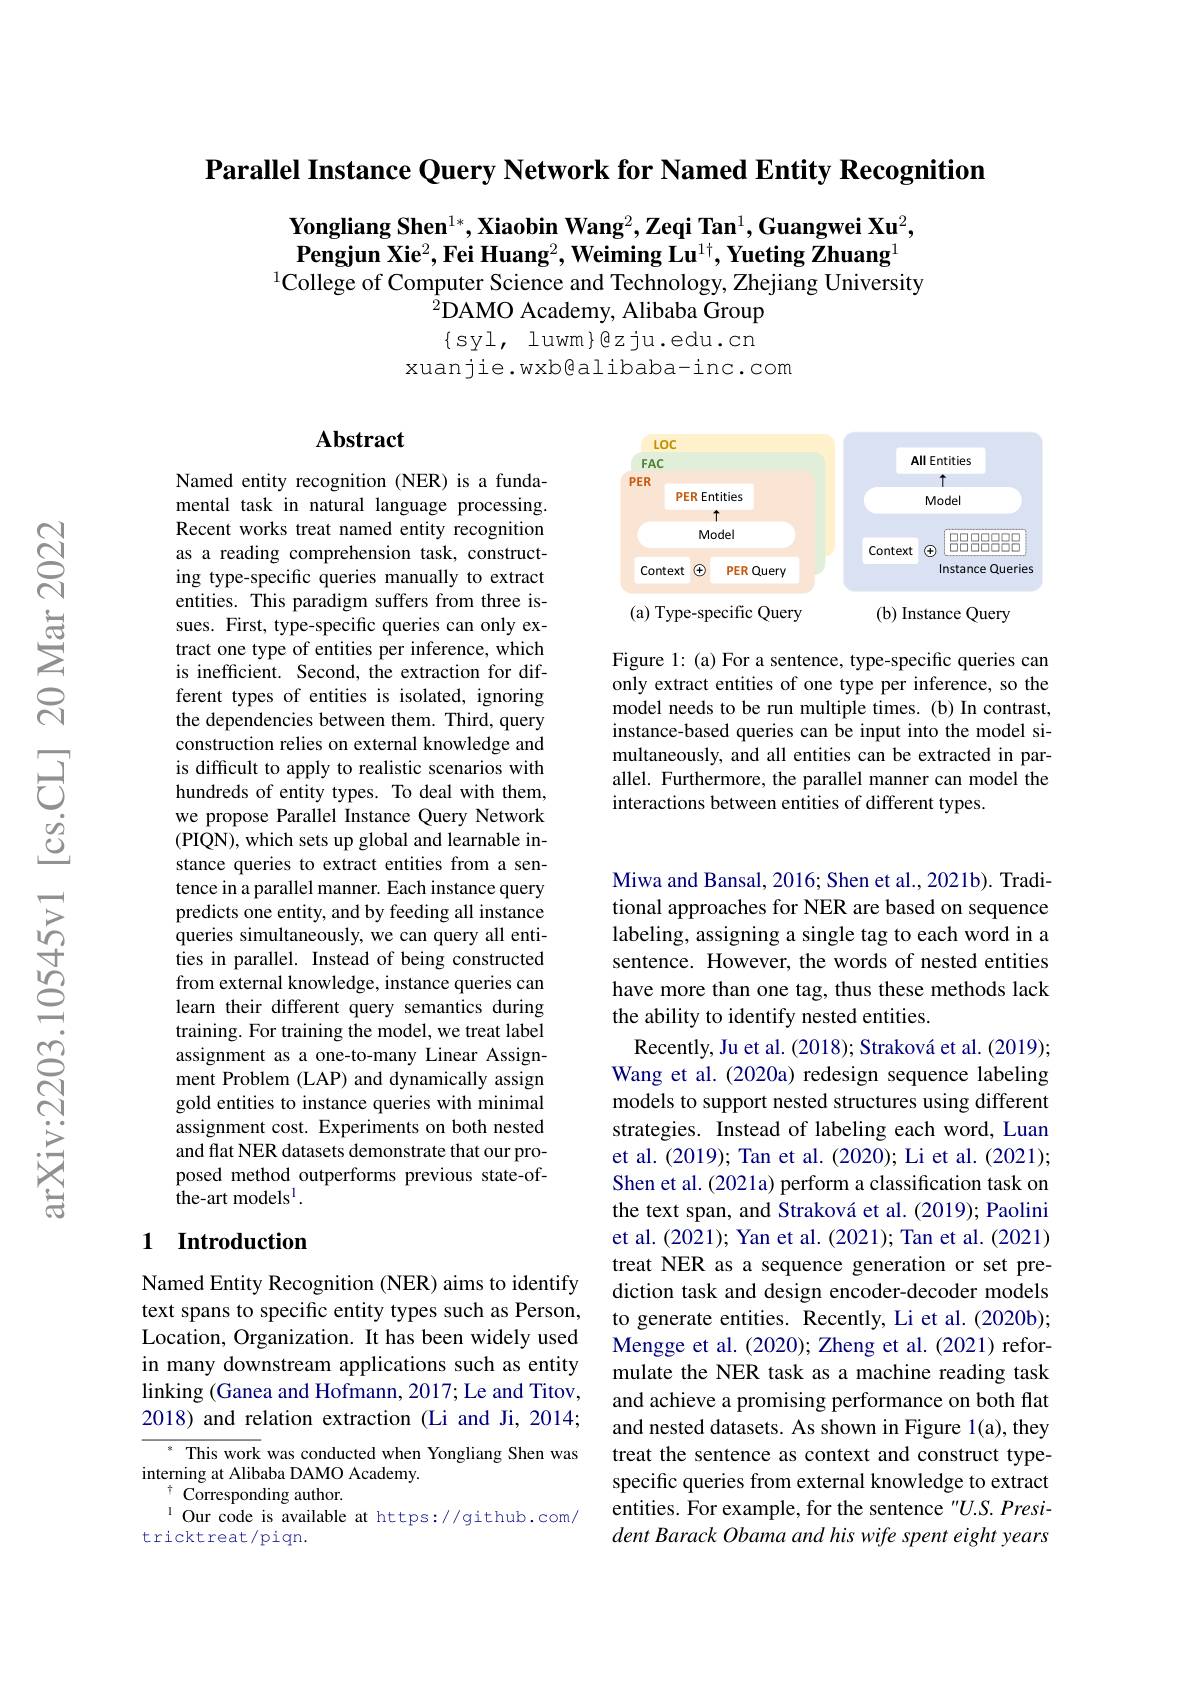
Parallel Instance Query Network for Named Entity Recognition

$\textbf{Yongliang Shen}^{1*},\textbf{Xiaobin Wang}^2,\textbf{Zeqi Tan}^1,\textbf{Guangwei Xu}^2$, $\textbf{Pengjun Xie}^2,\textbf{Fei Huang}^2,\textbf{Weiming Lu}^{1\dagger},\textbf{Yueting Zhuang}^1$
$^{1}$College of Computer Science and Technology, Zhejiang University
$^{\hat{2}}$DAMO Academy, Alibaba Group $\{syl,luwm\}@zju.edu.cn$
xuanjie.wxb@alibaba-inc.com

### $\mathbf{Abstract}$

<FigureHere>

Figure 1: (a) For a sentence, type-specific queries can only extract entities of one type per inference, so the model needs to be run multiple times. (b) In contrast, instance-based queries can be input into the model simultaneously, and all entities can be extracted in parallel. Furthermore, the parallel manner can model the interactions between entities of different types.

Named entity recognition (NER) is a fundamental task in natural language processing. Recent works treat named entity recognition as a reading comprehension task, constructing type-specific queries manually to extract entities. This paradigm suffers from three issues. First, type-specific queries can only extract one type of entities per inference, which is inefficient. Second, the extraction for different types of entities is isolated, ignoring the dependencies between them. Third, query construction relies on external knowledge and is difficult to apply to realistic scenarios with hundreds of entity types. To deal with them, we propose Parallel Instance Query Network (PIQN), which sets up global and learnable instance queries to extract entities from a sentence in a parallel manner. Each instance query predicts one entity, and by feeding all instance queries simultaneously, we can query all entities in parallel. Instead of being constructed from external knowledge, instance queries can learn their different query semantics during training. For training the model, we treat label assignment as a one-to-many Linear Assignment Problem (LAP) and dynamically assign gold entities to instance queries with minimal assignment cost. Experiments on both nested and flat NER datasets demonstrate that our proposed method outperforms previous state-of- ${\mathrm{~the-art~models}^{\mathrm{l}}}.$

Miwa and Bansal, 2016; Shen et al., 2021b). Traditional approaches for NER are based on sequence labeling, assigning a single tag to each word in a sentence. However, the words of nested entities have more than one tag, thus these methods lack the ability to identify nested entities.
Recently, Ju et al. (2018); Straková et al. (2019); Wang et al. (2020a) redesign sequence labeling models to support nested structures using different strategies. Instead of labeling each word, Luan et al.(2019); Tan et al.(2020); Li et al.(2021); Shen et al. (2021a) perform a classification task on the text span, and Straková et al. (2019); Paolini et al. (2021); Yan et al. (2021); Tan et al. (2021) treat NER as a sequence generation or set prediction task and design encoder-decoder models to generate entities. Recently, Li et al. (2020b); Mengge et al. (2020); Zheng et al. (2021) reformulate the NER task as a machine reading task and achieve a promising performance on both flat and nested datasets. As shown in Figure 1(a), they treat the sentence as context and construct typespecific queries from external knowledge to extract entities. For example, for the sentence "U.S. President Barack Obama and his wife spent eight years

## 1 Introduction

Named Entity Recognition (NER) aims to identify text spans to specific entity types such as Person, Location, Organization. It has been widely used in many downstream applications such as entity linking (Ganea and Hofmann, 2017; Le and Titov, 2018) and relation extraction (Li and Ji, 2014;

This work was conducted when Yongliang Shen was
interning at Alibaba DAMO Academy.
$\overset{*}{\operatorname*{Corresponding~author.}}$
$^{1}$ Our code is available at https://github.com/
tricktreat/piqn.